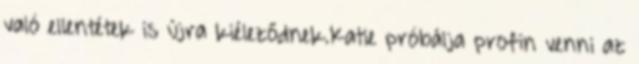
való ellentétek is újra kiéleződnek.Katie próbálja profin venni az